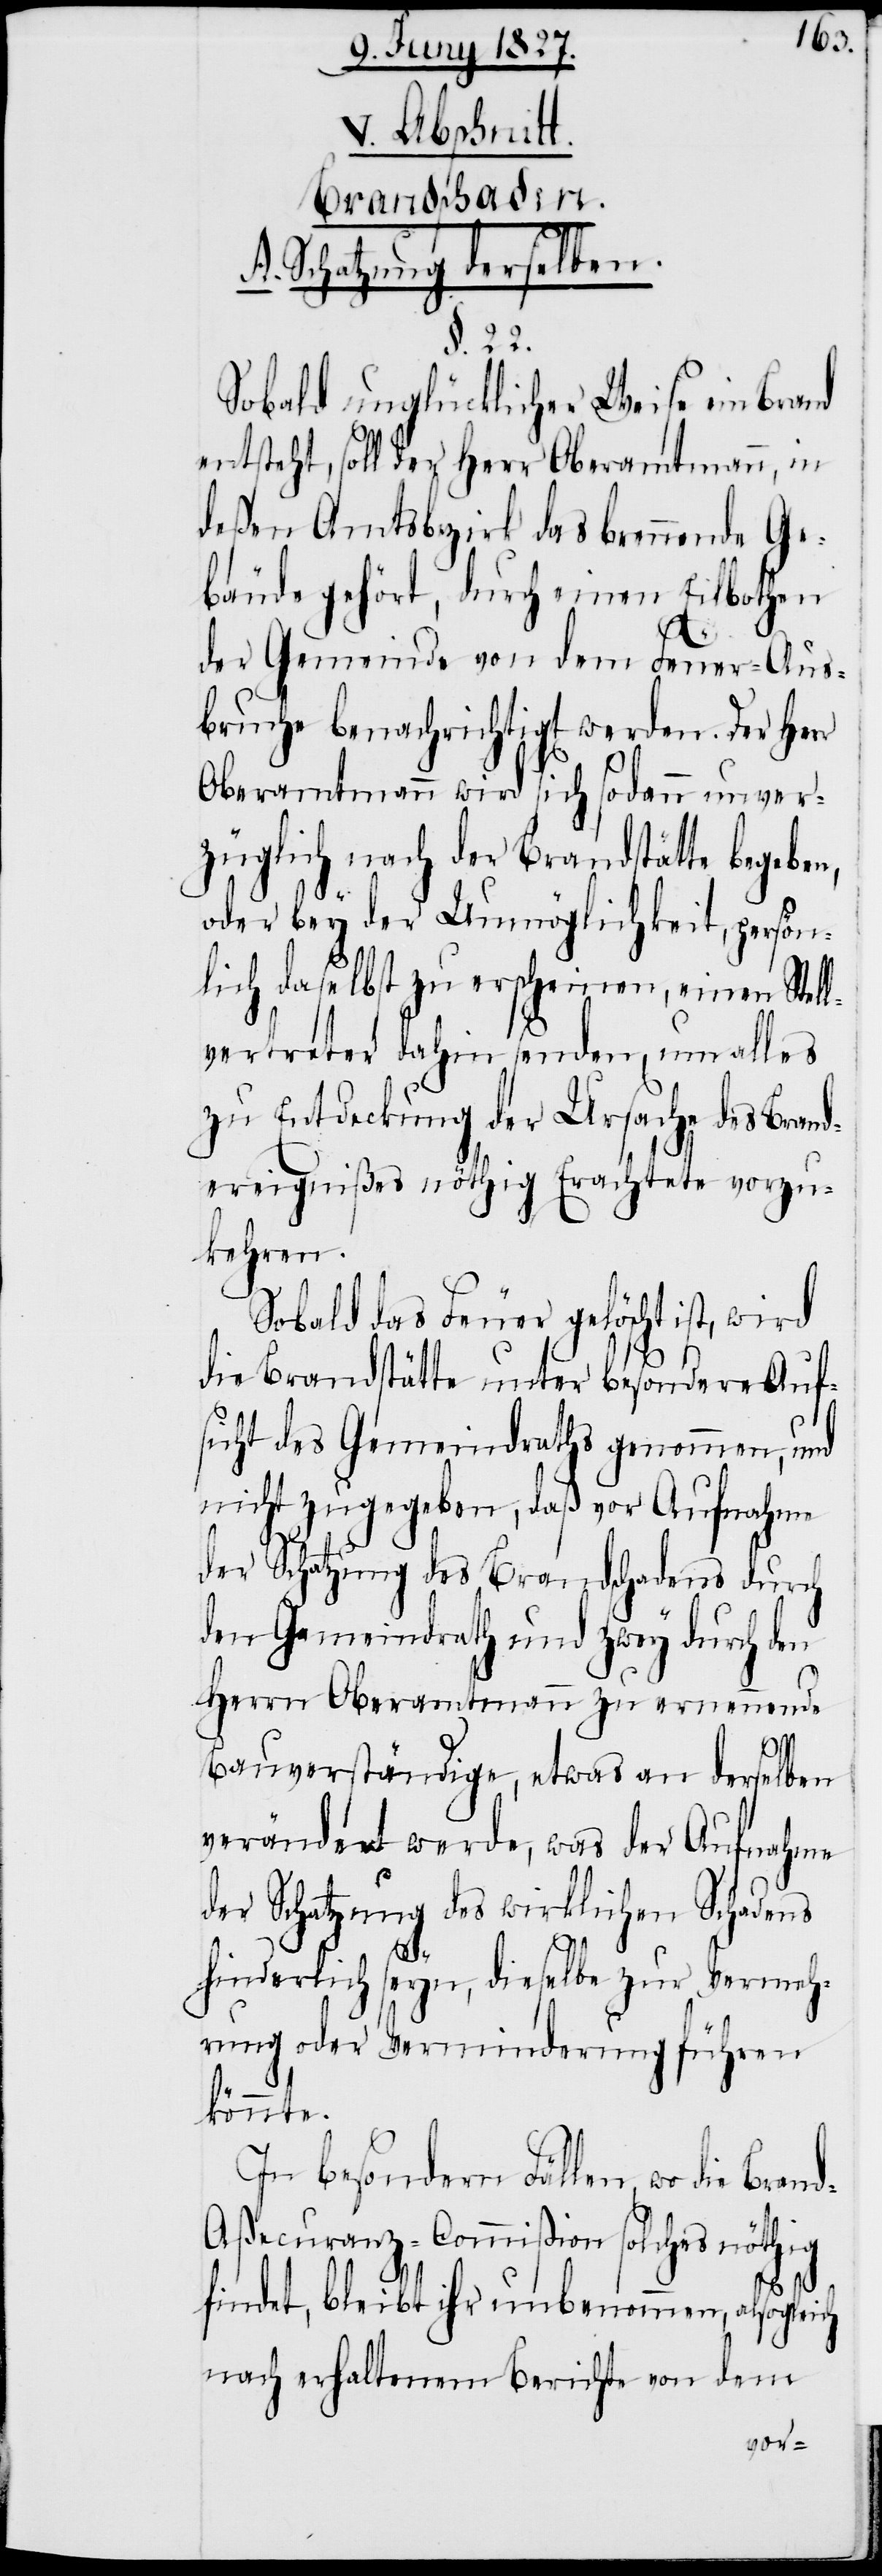
V. Abschnitt.
Brandschaden.
A. Schatzung derselben.
§. 22.
Sobald unglücklicher Weise ein Brand
entsteht, soll der Herr Oberamtmann, in
deßen Amtsbezirk das brennende Ge¬
bäude gehört, durch einen Eilbothen
der Gemeinde von dem Feuer-Aus¬
bruche benachrichtigt werden. Der Herr
Oberamtmann wird sich sodann unver¬
züglich nach der Brandstätte begeben,
oder bey der Unmöglichkeit, persön¬
lich daselbst zu erscheinen, einen Stel¬
lvertreter dahin senden, um alles
zu Entdeckung der Ursache des Brand¬
ereignißes nöthig Erachtete vorzu¬
kehren.
Sobald das Feuer gelöscht ist, wird
die Brandstätte unter besondere Auf¬
sicht des Gemeindraths genommen, und
nicht zugegeben, daß vor Aufnahme
der Schatzung des Brandschadens durch
den Gemeindrath und zwey durch den
Herrn Oberamtmann zu ernennende
Bauverständige, etwas an derselben
verändert werde, was der Aufnahme
der Schatzung des wirklichen Schadens
hinderlich seyn, dieselbe zur Vermeh¬
rung oder Verminderung führen
könnte.
In besondern Fällen, wo die Bran¬
d-Aßecuranz-Commißion solches nöthig
ich
findet, bleibt ihr unbenommen, alsogle¬
nach erhaltenem Berichte von dem